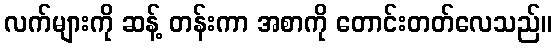
လက်များကို ဆန့် တန်းကာ အစာကို တောင်းတတ်လေသည်။